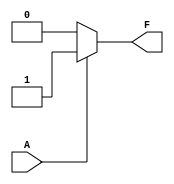
module single_variable_kmap (
    input wire A,       // 1-bit input variable
    output wire F       // Output based on the K-map logic
);

// Define the outputs based on the input variable A
parameter F0 = 0;     // Output when A = 0
parameter F1 = 1;     // Output when A = 1

assign F = (A == 1'b0) ? F0 : F1; // Conditional assignment based on A

endmodule